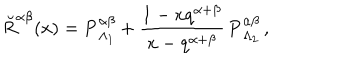
LaTeX: \breve { R } ^ { \alpha \beta } ( x ) = { \bf P } _ { \Lambda _ { 1 } } ^ { \alpha \beta } + \frac { 1 - x q ^ { \alpha + \beta } } { x - q ^ { \alpha + \beta } } \, { \bf P } _ { \Lambda _ { 2 } } ^ { \alpha \beta } \, ,